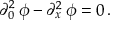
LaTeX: \partial _ { 0 } ^ { 2 } \, \phi - \partial _ { x } ^ { 2 } \, \phi = 0 \, .